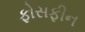
ફોસફીન